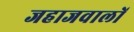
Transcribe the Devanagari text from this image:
जहाजवालों